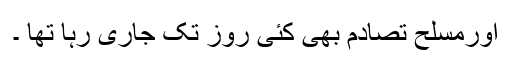
اورمسلح تصادم بھی کئی روز تک جاری رہا تھا ۔